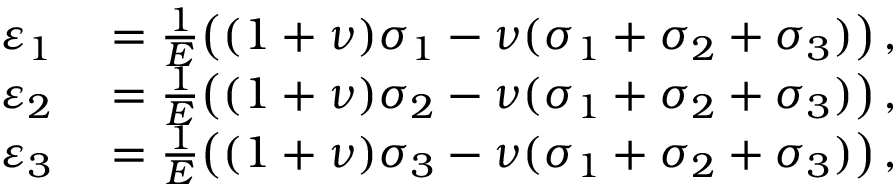
\begin{array} { r l } { \varepsilon _ { 1 } } & { { } = { \frac { 1 } { E } } { \big ( } ( 1 + \nu ) \sigma _ { 1 } - \nu ( \sigma _ { 1 } + \sigma _ { 2 } + \sigma _ { 3 } ) { \big ) } \, , } \\ { \varepsilon _ { 2 } } & { { } = { \frac { 1 } { E } } { \big ( } ( 1 + \nu ) \sigma _ { 2 } - \nu ( \sigma _ { 1 } + \sigma _ { 2 } + \sigma _ { 3 } ) { \big ) } \, , } \\ { \varepsilon _ { 3 } } & { { } = { \frac { 1 } { E } } { \big ( } ( 1 + \nu ) \sigma _ { 3 } - \nu ( \sigma _ { 1 } + \sigma _ { 2 } + \sigma _ { 3 } ) { \big ) } \, , } \end{array}